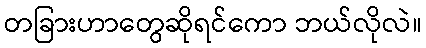
တခြားဟာတွေဆိုရင်ကော ဘယ်လိုလဲ။